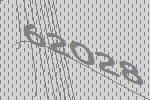
62028